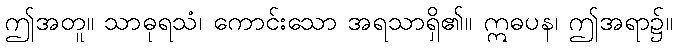
ဤအတူ။ သာဓုရသံ၊ ကောင်းသော အရသာရှိ၏။ ဣဓပန၊ ဤအရာ၌။